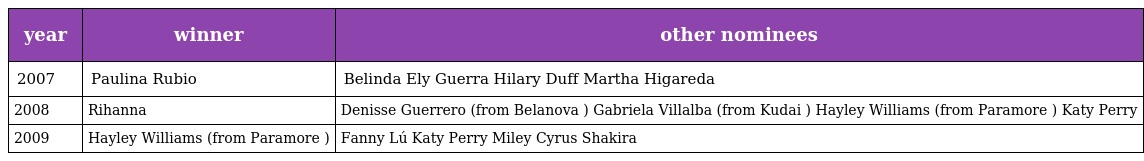
| year | winner | other nominees |
 | --- | --- | --- |
 | 2007 | Paulina Rubio | Belinda Ely Guerra Hilary Duff Martha Higareda |
 | 2008 | Rihanna | Denisse Guerrero (from Belanova ) Gabriela Villalba (from Kudai ) Hayley Williams (from Paramore ) Katy Perry |
 | 2009 | Hayley Williams (from Paramore ) | Fanny Lú Katy Perry Miley Cyrus Shakira |